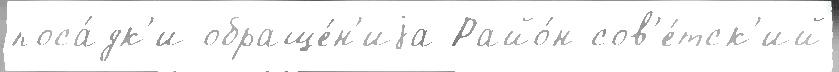
поса́дк'и обраще́н'иjа Райо́н сов'е́тск'ий